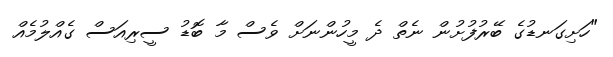
"ހަށިގަނޑުގެ ބޭރުފުށުން ނެތް ދެ މީހުންނަށް ވެސް މާ ބޮޑު ސީރިއަސް ގެއްލުމެއް